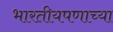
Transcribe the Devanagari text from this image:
भारतीयपणाच्या